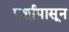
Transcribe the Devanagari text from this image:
पर्शापासून